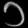
Digit: ၁